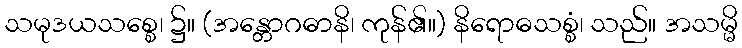
သမုဒယသစ္စေ၊ ၌။ (အန္တောဂဓာနိ၊ ကုန်၏။) နိရောဓသစ္စံ၊ သည်။ အသမ္မိ